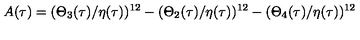
A ( \tau ) = ( \Theta _ { 3 } ( \tau ) / \eta ( \tau ) ) ^ { 1 2 } - ( \Theta _ { 2 } ( \tau ) / \eta ( \tau ) ) ^ { 1 2 } - ( \Theta _ { 4 } ( \tau ) / \eta ( \tau ) ) ^ { 1 2 }